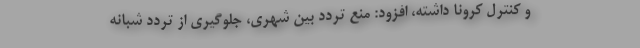
و کنترل کرونا داشته، افزود: منع تردد بین شهری، جلوگیری از تردد شبانه